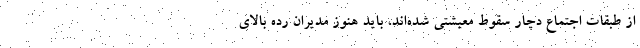
از طبقات اجتماع دچار سقوط معیشتی شده‌اند، باید هنوز مدیران رده بالای